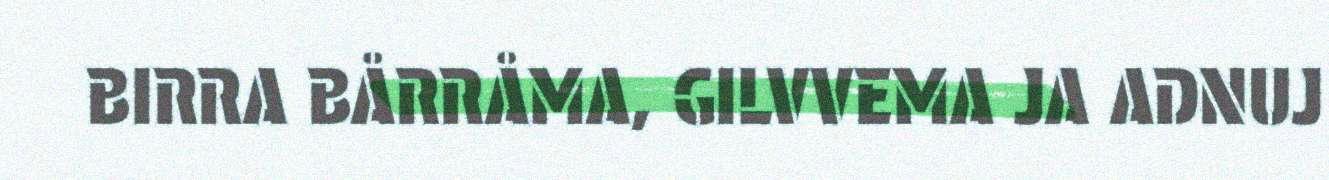
BIRRA BÅRRÅMA, GILVVEMA JA ADNUJ